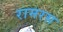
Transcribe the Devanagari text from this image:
रामरस